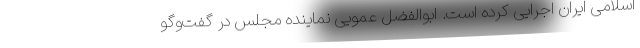
اسلامی ایران اجرایی کرده است. ابوالفضل عمویی نماینده مجلس در گفت‌وگو